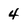
Character: 4